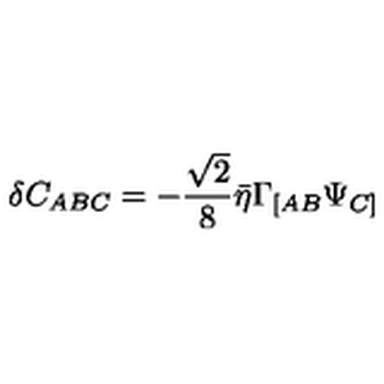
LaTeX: \delta C _ { A B C } = - { \frac { \sqrt 2 } { 8 } } \bar { \eta } \Gamma _ { [ A B } \Psi _ { C ] }